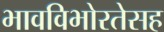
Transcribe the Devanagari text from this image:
भावविभोरतेसह